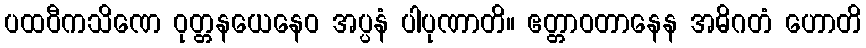
ပထဝီကသိဏေ ဝုတ္တနယေနေဝ အပ္ပနံ ပါပုဏာတိ။ ဧတ္တာဝတာနေန အဓိဂတံ ဟောတိ